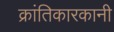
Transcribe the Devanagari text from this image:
क्रांतिकारकानी